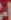
-